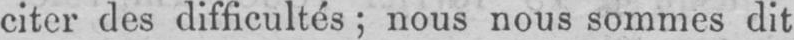
citer des difficultés; nous nous sommes dit